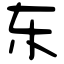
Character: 东